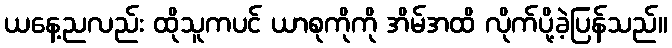
ယနေ့ညလည်း ထိုသူကပင် ယာစုကိုကို အိမ်အထိ လိုက်ပို့ခဲ့ပြန်သည်။